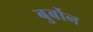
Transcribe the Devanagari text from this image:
बुर्बोन